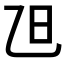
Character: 𣄽